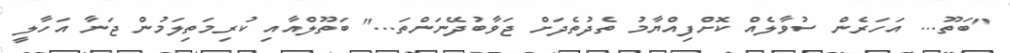
''ބަތޫ... އަހަރެން ސުވާލެއް ކޮށްފިއްޔާމު ތެދުތެދަށް ޖަވާބުދޭނަންތަ...'' ބަތޫލްއާއި ކުރިމަތިލަމުން ޖަނާ އަހާލީ